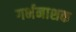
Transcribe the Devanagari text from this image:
गर्भनाशक